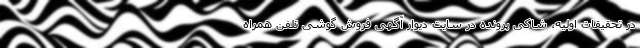
در تحقیقات اولیه، شاکی پرونده در سایت دیوار آگهی فروش گوشی تلفن همراه